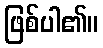
ဖြစ်ပါ၏။